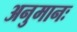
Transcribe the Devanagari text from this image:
अनुमानः